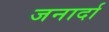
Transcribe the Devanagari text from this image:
जनार्दा